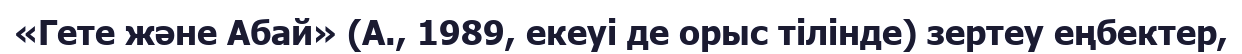
«Гете және Абай» (А., 1989, екеуі де орыс тілінде) зертеу еңбектер,